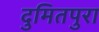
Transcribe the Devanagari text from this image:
दुमितपुरा